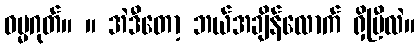
ဓမ္မဂုတ်။ ။ အဲဒီတော့ ဘယ်အချိန်လောက် ရှိပြီလဲ။